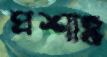
প্রশাঃ